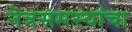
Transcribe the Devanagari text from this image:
नेत्रसमस्यांचा